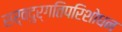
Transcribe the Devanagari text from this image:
सर्वदुर्गतिपरिशोधन